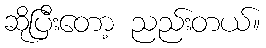
ဆိုပြီးတော့ ညည်းတယ်။